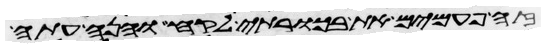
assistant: זה פעמים את בכרתי לקח והנה עתה